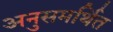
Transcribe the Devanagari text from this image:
अनुसमर्थित